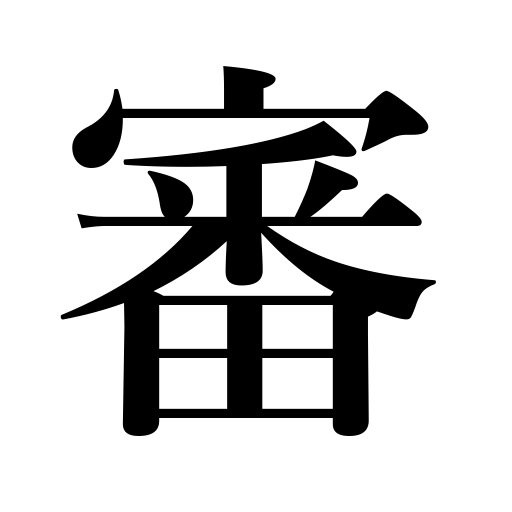
Meanings: trial,investigation,hearing